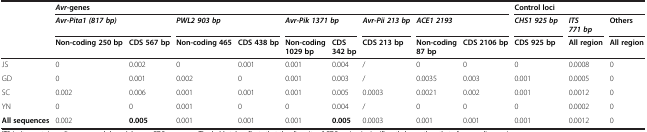
| <ROWSPAN=3>  | <COLSPAN=9> Avr-genes | <COLSPAN=3> Control loci |
 | <COLSPAN=2> Avr-Pita1 (817 bp) | <COLSPAN=2> PWL2 903 bp | <COLSPAN=2> Avr-Pik 1371 bp | Avr-Pii 213 bp | <COLSPAN=2> ACE1 2193 | CHS1 925 bp | ITS 771 bp | Others |
 | Non-coding 250 bp | CDS 567 bp | Non-coding 465 | CDS 438 bp | Non-coding 1029 bp | CDS 342 bp | CDS 213 bp | Non-coding 87 bp | CDS 2106 bp | CDS 925 bp | All region | All region |
 | --- | --- | --- | --- | --- | --- | --- | --- | --- | --- | --- | --- | --- |
 | JS | 0 | 0.002 | 0 | 0.001 | 0.001 | 0.004 | / | 0 | 0 | 0 | 0.0008 | 0 |
 | GD | 0 | 0.001 | 0.002 | 0 | 0.001 | 0.003 | / | 0.0035 | 0.003 | 0.001 | 0.0005 | 0 |
 | SC | 0.002 | 0.006 | 0.001 | 0.001 | 0.001 | 0.005 | 0.0003 | 0.0021 | 0.002 | 0.001 | 0.0012 | 0 |
 | YN | 0 | 0 | 0.001 | 0 | 0 | 0.004 | / | 0 | 0 | 0 | 0.0002 | 0 |
 | All sequences | 0.002 | 0.005 | 0.001 | 0.001 | 0.001 | 0.005 | 0.0003 | 0.001 | 0.001 | 0.001 | 0.0012 | 0 |